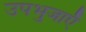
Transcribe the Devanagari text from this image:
उपभुजाएँ